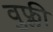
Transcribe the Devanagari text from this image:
वुफ्ली